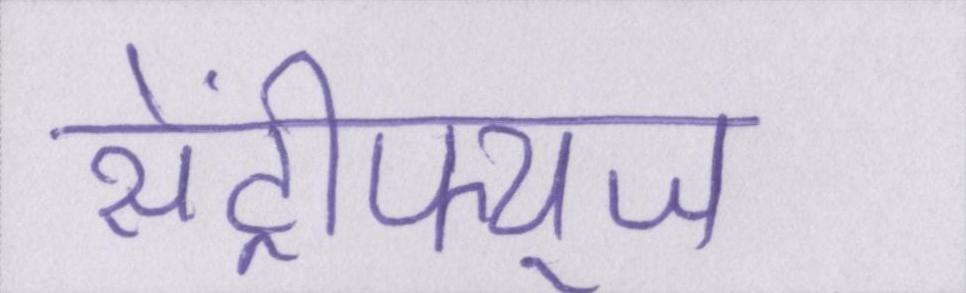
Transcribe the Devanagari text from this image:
सेंट्रीफ्यूज